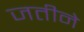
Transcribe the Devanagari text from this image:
जतीने